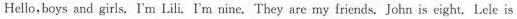
Hello,boys and girls.I'm Lili, I'm nine. They are my friends. John is eight. Lele is